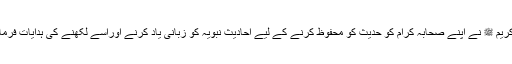
نبی کریم ﷺ نے اپنے صحابہ کرام کو حدیث کو محفوظ کرنے کے لیے احادیث نبویہ کو زبانی یاد کرنے اوراسے لکھنے کی ہدایات فرمائیں ۔